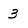
Character: 3